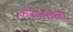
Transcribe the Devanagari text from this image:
करेजसला